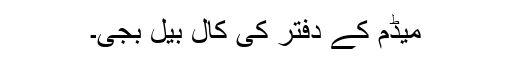
میڈم کے دفتر کی کال بیل بجی۔